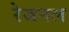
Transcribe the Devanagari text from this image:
रेजनल